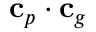
\mathbf { c } _ { p } \cdot \mathbf { c } _ { g }